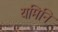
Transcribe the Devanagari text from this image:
यमिनि